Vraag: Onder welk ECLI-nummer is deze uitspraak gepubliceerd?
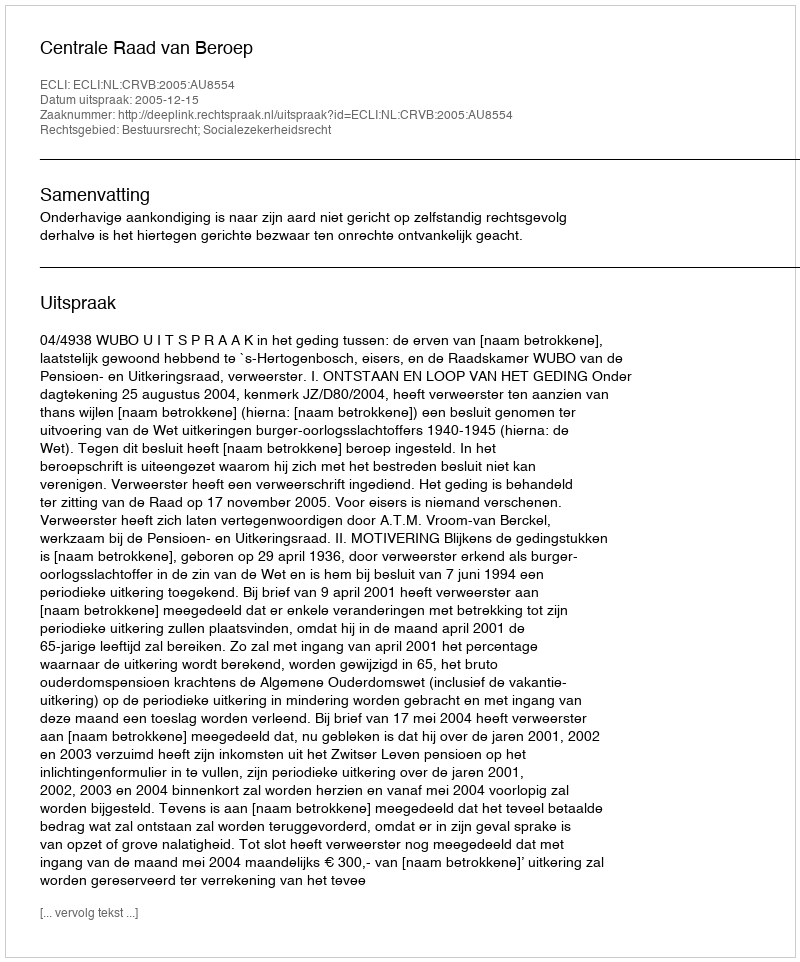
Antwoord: ECLI:NL:CRVB:2005:AU8554